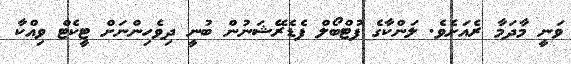
ވަނީ މާދަމާ ރެއަށެވެ. ލަންކާގެ ފުޓްބޯލް ފެޑެރޭޝަނުން ބުނީ ދިވެހިންނަށް ޓީކެޓް ވިއްކާ